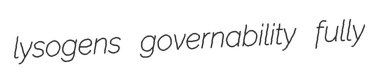
lysogens governability fully